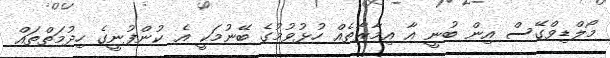
މޯލްޑިވްގޭސް އިން ބުނީ އާ އިމާރާތެއް ހުޅުވުމުގެ ބޭނުމަކީ އެ ކުންފުނީގެ ހިދުމަތްތައް